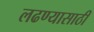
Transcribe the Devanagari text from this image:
लढण्यासाठीं